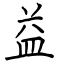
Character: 益